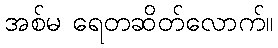
အစ်မ ရေတဆိတ်လောက်။